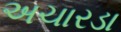
અચારડા